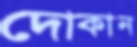
দোকান